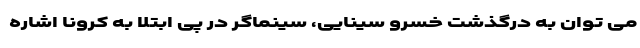
می توان به درگذشت خسرو سینایی، سینماگر در پی ابتلا به کرونا اشاره